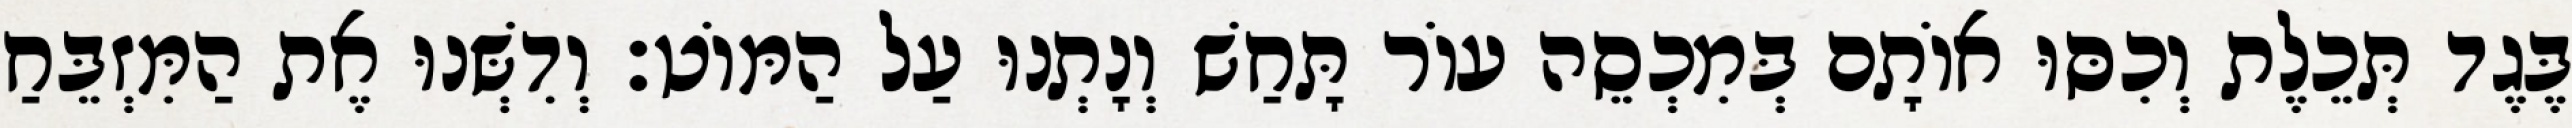
בֶּגֶד תְּכֵלֶת וְכִסּוּ אוֹתָם בְּמִכְסֵה עוֹר תָּחַשׁ וְנָתְנוּ עַל הַמּוֹט׃ וְדִשְּׁנוּ אֶת הַמִּזְבֵּחַ